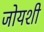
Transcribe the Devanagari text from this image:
जोयशी